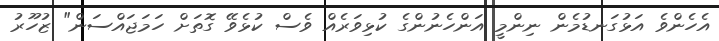
އެހެންވެ އަޅުގަނޑުމެން ނިންމީ އަންހެނުންގެ ކުޅިވަރެއް ވެސް ކުޅެވޭ ގޮތަށް ހަމަޖައްސަން" ޒުހޫރު